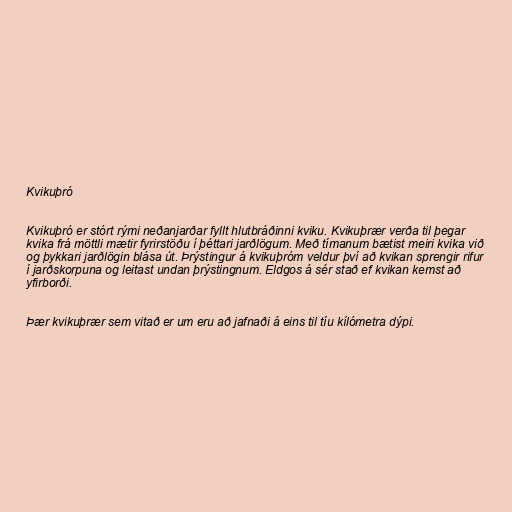
Kvikuþró

Kvikuþró er stórt rými neðanjarðar fyllt hlutbráðinni kviku. Kvikuþrær verða til þegar
kvika frá möttli mætir fyrirstöðu í þéttari jarðlögum. Með tímanum bætist meiri kvika við
og þykkari jarðlögin blása út. Þrýstingur á kvikuþróm veldur því að kvikan sprengir rifur
í jarðskorpuna og leitast undan þrýstingnum. Eldgos á sér stað ef kvikan kemst að
yfirborði.

Þær kvikuþrær sem vitað er um eru að jafnaði á eins til tíu kílómetra dýpi.